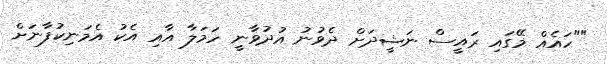
""ހައެއް މޭގައި ރައީސް ނަޝީދަށް ދެވުނު އުދުވާނީ ހަމަލާ އާއި އެކު އެމަނިކުފާނަށް